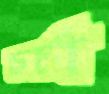
চর্চা